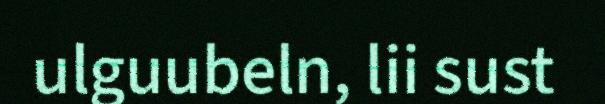
ulguubeln, lii sust